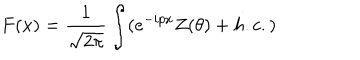
F ( x ) = \frac { 1 } { \sqrt { 2 \pi } } \int ( e ^ { - i p x } Z ( \theta ) + h . c . )